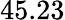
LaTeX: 45.23